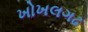
ખોખલગઢ